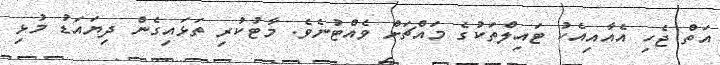
އަތް ޖެހި އެއާއިއެކު ޓައިލްތަކުގެ މައްޗަށް ވެއްޓުނެވެ. މާޓުކުރި ތަޅައިގެން ދިޔައަޑު މުޅި